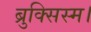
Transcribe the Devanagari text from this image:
ब्रुक्सिस्म।